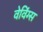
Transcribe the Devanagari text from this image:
वेविंग्स